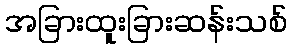
အခြားထူးခြားဆန်းသစ်